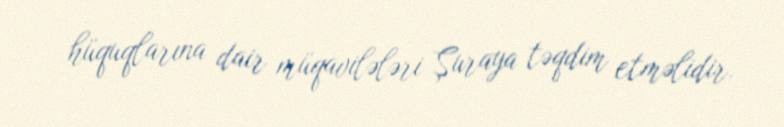
hüquqlarına dair müqavilələri Şuraya təqdim etməlidir.